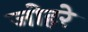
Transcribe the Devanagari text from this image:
जोहरे